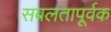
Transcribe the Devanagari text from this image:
सबलतापूर्वक